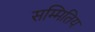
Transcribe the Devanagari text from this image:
सम्मितिय